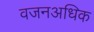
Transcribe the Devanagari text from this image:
वजनअधिक